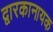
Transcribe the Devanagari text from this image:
द्वारकानायक